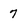
Character: 7